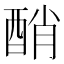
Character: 𨡀